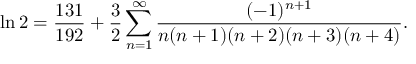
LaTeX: \ln 2 = { \frac { 1 3 1 } { 1 9 2 } } + { \frac { 3 } { 2 } } \sum _ { n = 1 } ^ { \infty } { \frac { ( - 1 ) ^ { n + 1 } } { n ( n + 1 ) ( n + 2 ) ( n + 3 ) ( n + 4 ) } } .